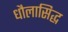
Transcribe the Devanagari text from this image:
धौलासिद्ध